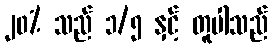
၂၀% သည် ၁/၅ နှင့် တူပါသည်